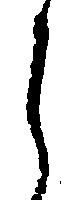
し